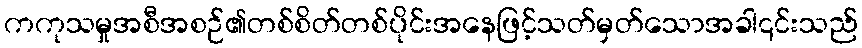
ကကုသမှုအစီအစဉ်၏တစ်စိတ်တစ်ပိုင်းအနေဖြင့်သတ်မှတ်သောအခါ၎င်းသည်